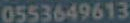
0553649613